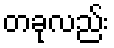
တခုလည်း